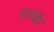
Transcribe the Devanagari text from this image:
टिर्व्हिट्ट